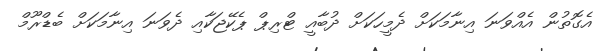
އެގޮތުން އެއްވަނަ އިނާމަކަށް ދެމީހަކަށް ދުބާއީ ޓްރިޕް ޕެކޭޖަކާއި ދެވަނަ އިނާމަކަށް ބެޑްރޫމް